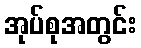
အုပ်စုအတွင်း